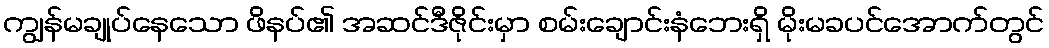
ကျွန်မချုပ်နေသော ဖိနပ်၏ အဆင်ဒီဇိုင်းမှာ စမ်းချောင်းနံဘေးရှိ မိုးမခပင်အောက်တွင်